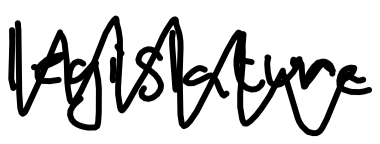
Text: legislature
Cross-out: zig-zag
Writing tool: digital_black